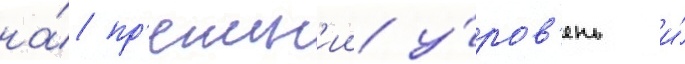
на́ пр'ежн'ии у́ров'ень и́